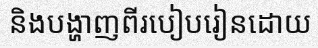
និងបង្ហាញពីរបៀបរៀនដោយ